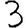
Digit: 3